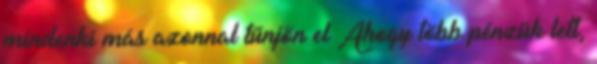
mindenki más azonnal tűnjön el Ahogy több pénzük lett,